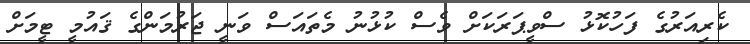
ކެރިއަރުގެ ފަހުކޮޅު ސްވީޕަރަކަށް ވެސް ކުޅުނު މެތައަސް ވަނީ ޖަރުމަންގެ ޤައުމީ ޓީމަށް